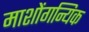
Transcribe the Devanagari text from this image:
माशोंगन्यिक